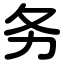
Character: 务